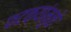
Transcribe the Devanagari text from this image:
फटक्यांमुळे